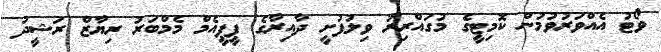
ވޯޓު އެއްވަރުވުމުން ކޮމިޓީގެ މުގައްރިރު ވިލުފުށީ ދާއިރާގެ ޕީޕީއެމް މެމްބަރު ރިޔާޒް ރަޝީދު